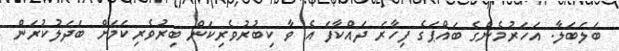
ބަލަބަލާ. އަހަރުމެންގެ ބައްޕަގެ ފިހާރަ ދައްކާފަ އެ ވާ ކިބުރުވެރިކަން ބިރުވެރިކަމަށް ބަދަލުކުރަން